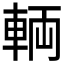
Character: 輌